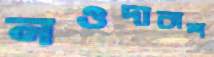
নওদাবাশ